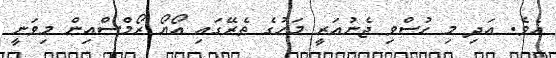
އެވެ. އަދި މި ހުސްވި ޖެނުއަރީ މަހުގެ ތެރޭގައި އޯޔޯ ރޯމްސްއިން މިވަނީ